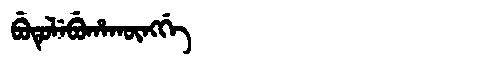
Manchu: ᠪᡠᡨᡠᠯᡝᠪᡠᡥᠠᡴᡡᠩᡤᡝ
Romanization: BUTULEBUHAKŪNGGE